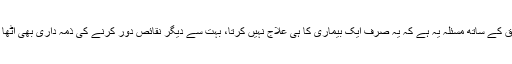
اس تریاق کے ساتھ مسئلہ یہ ہے کہ یہ صرف ایک بیماری کا ہی علاج نہیں کرتا، بہت سے دیگر نقائص دور کرنے کی ذمہ داری بھی اٹھا لیتا ہے۔